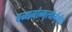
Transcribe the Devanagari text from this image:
बन्धनांन्मृत्योर्मुक्षीय